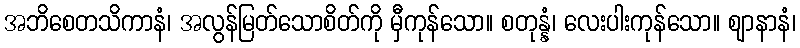
အဘိစေတသိကာနံ၊ အလွန်မြတ်သောစိတ်ကို မှီကုန်သော။ စတုန္နံ၊ လေးပါးကုန်သော။ ဈာနာနံ၊